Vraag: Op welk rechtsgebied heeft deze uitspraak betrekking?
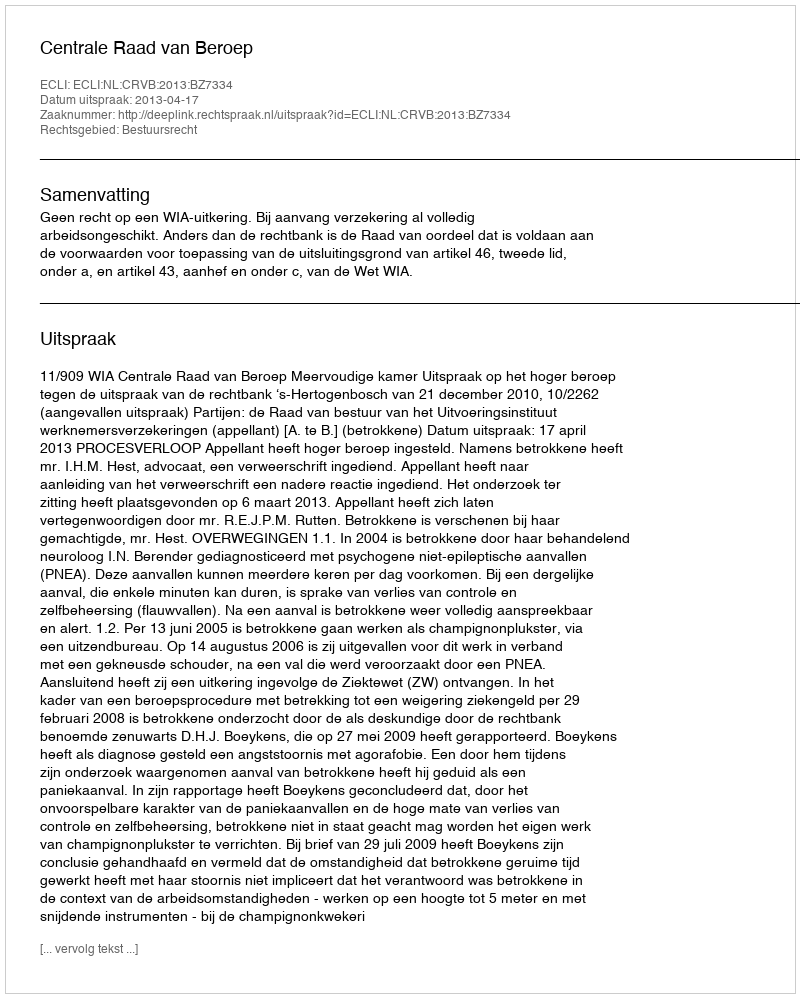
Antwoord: Bestuursrecht